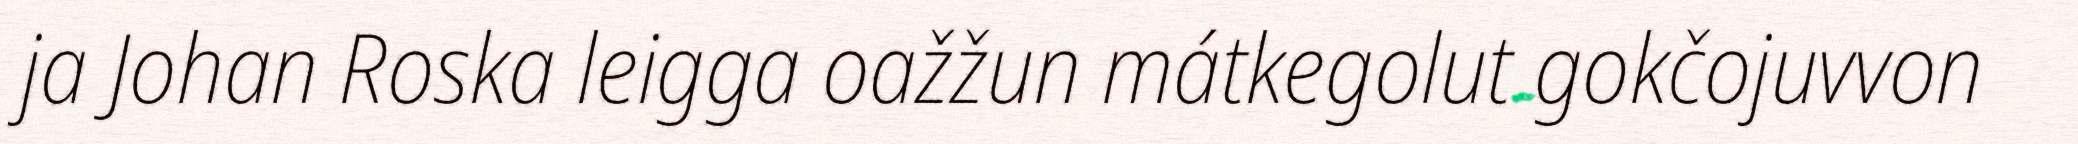
ja Johan Roska leigga oažžun mátkegolut gokčojuvvon